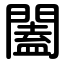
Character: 闔